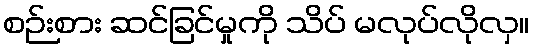
စဉ်းစား ဆင်ခြင်မှုကို သိပ် မလုပ်လိုလှ။